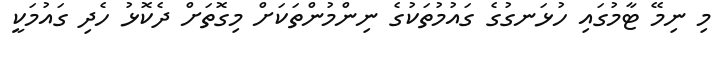
މި ނިމޭ ޓާމުގައި ހުޅަނގުގެ ގައުމުތަކުގެ ނިންމުންތަކަށް މިގޮތަށް ދެކޮޅު ހެދި ގައުމަކީ